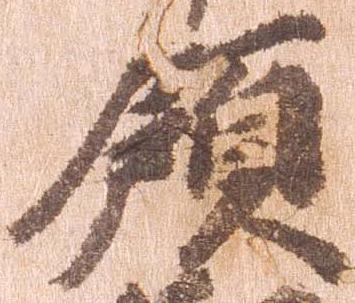
領